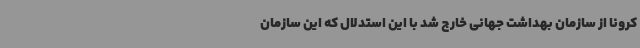
کرونا از سازمان بهداشت جهانی خارج شد با این استدلال که این سازمان